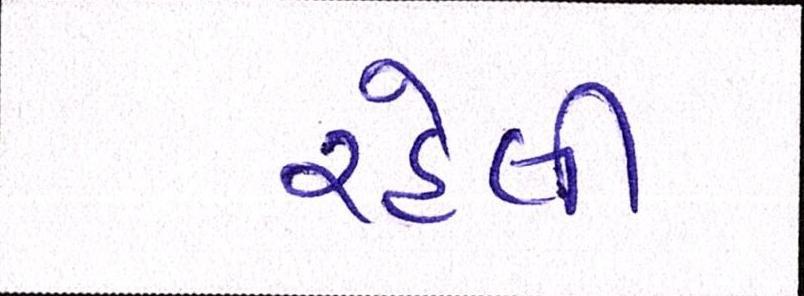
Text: રહેલી